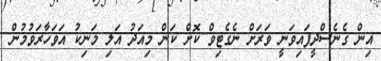
އިން ގެނެސްދީފައިވަނީ ވަރަށް ނެގެޓިވް ކޮށް ކަން މިއަދު އަލި މަނިކު އަވަހާރަވުމުން